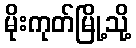
မိုးကုတ်မြို့သို့